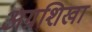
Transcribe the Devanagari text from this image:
अग्रशिखा